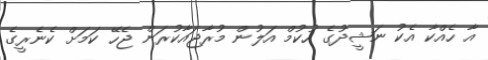
އާ ހެއްކާ އެކު ނަޝީދުގެ ހުކުމް އަލުން މުރާޖައާކުރަން ޖެހޭ ކަމަށް ކެނެރީގެ